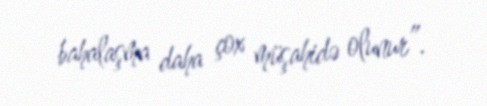
bahalaşma daha çox müşahidə olunur”.